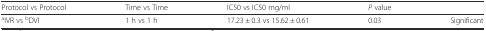
| Protocol vs Protocol | Time vs Time | IC50 vs IC50 mg/ml | P value |  |
 | --- | --- | --- | --- | --- |
 | aIVR vs bDVI | 1 h vs 1 h | 17.23 ± 0.3 vs 15.62 ± 0.61 | 0.03 | Significant |